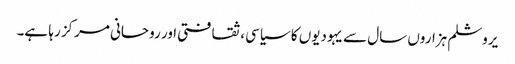
یروشلم ہزاروں سال سے یہودیوں کا سیاسی، ثقافتی اور روحانی مرکز رہا ہے۔